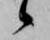
候